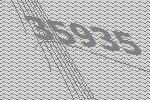
35935